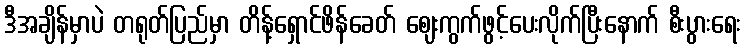
ဒီအချိန်မှာပဲ တရုတ်ပြည်မှာ တိန့်ရှောင်ဖိန်ခေတ် ဈေးကွက်ဖွင့်ပေးလိုက်ပြီးနောက် စီးပွားရေး